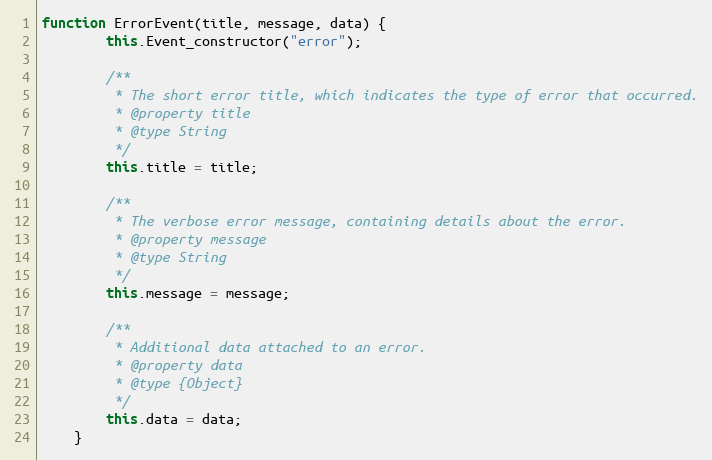
Language: JavaScript
function ErrorEvent(title, message, data) {
		this.Event_constructor("error");

		/**
		 * The short error title, which indicates the type of error that occurred.
		 * @property title
		 * @type String
		 */
		this.title = title;

		/**
		 * The verbose error message, containing details about the error.
		 * @property message
		 * @type String
		 */
		this.message = message;

		/**
		 * Additional data attached to an error.
		 * @property data
		 * @type {Object}
		 */
		this.data = data;
	}